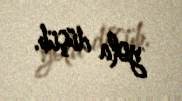
yola düşüb.